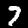
Digit: 7